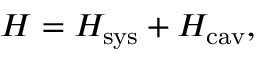
{ H } = H _ { \mathrm { s y s } } + H _ { \mathrm { c a v } } ,